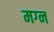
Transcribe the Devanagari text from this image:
मग्‍न